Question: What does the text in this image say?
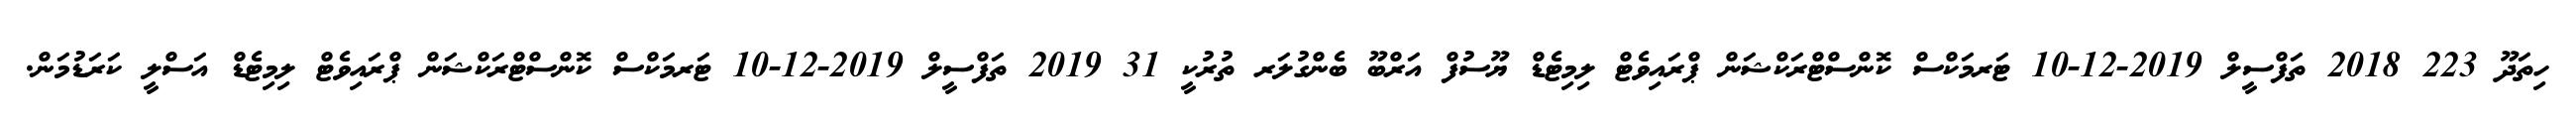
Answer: ހިތަދޫ 223 2018 ތަފްސީލް 2019-12-10 ޓަރމަކްސް ކޮންސްޓްރަކްޝަން ޕްރައިވެޓް ލިމިޓެޑް ޔޫސުފް އަރްބޫ ބެންގުލަރ ތުރުކީ 31 2019 ތަފްސީލް 2019-12-10 ޓަރމަކްސް ކޮންސްޓްރަކްޝަން ޕްރައިވެޓް ލިމިޓެޑް އަސްލީ ކަރަޑުމަން.